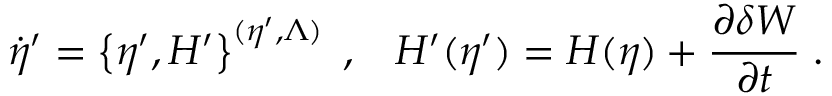
\dot { \eta } ^ { \prime } = \left\{ \eta ^ { \prime } , H ^ { \prime } \right\} ^ { ( \eta ^ { \prime } , \Lambda ) } \; , \; \; \; H ^ { \prime } ( \eta ^ { \prime } ) = H ( \eta ) + \frac { \partial \delta W } { \partial t } \; .